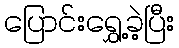
ပြောင်းရွှေ့ခဲ့ပြီး